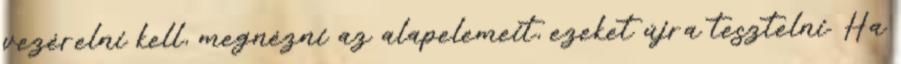
vezérelni kell, megnézni az alapelemeit, ezeket újra tesztelni. Ha